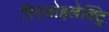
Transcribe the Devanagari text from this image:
पिएजोइलेक्ट्रि